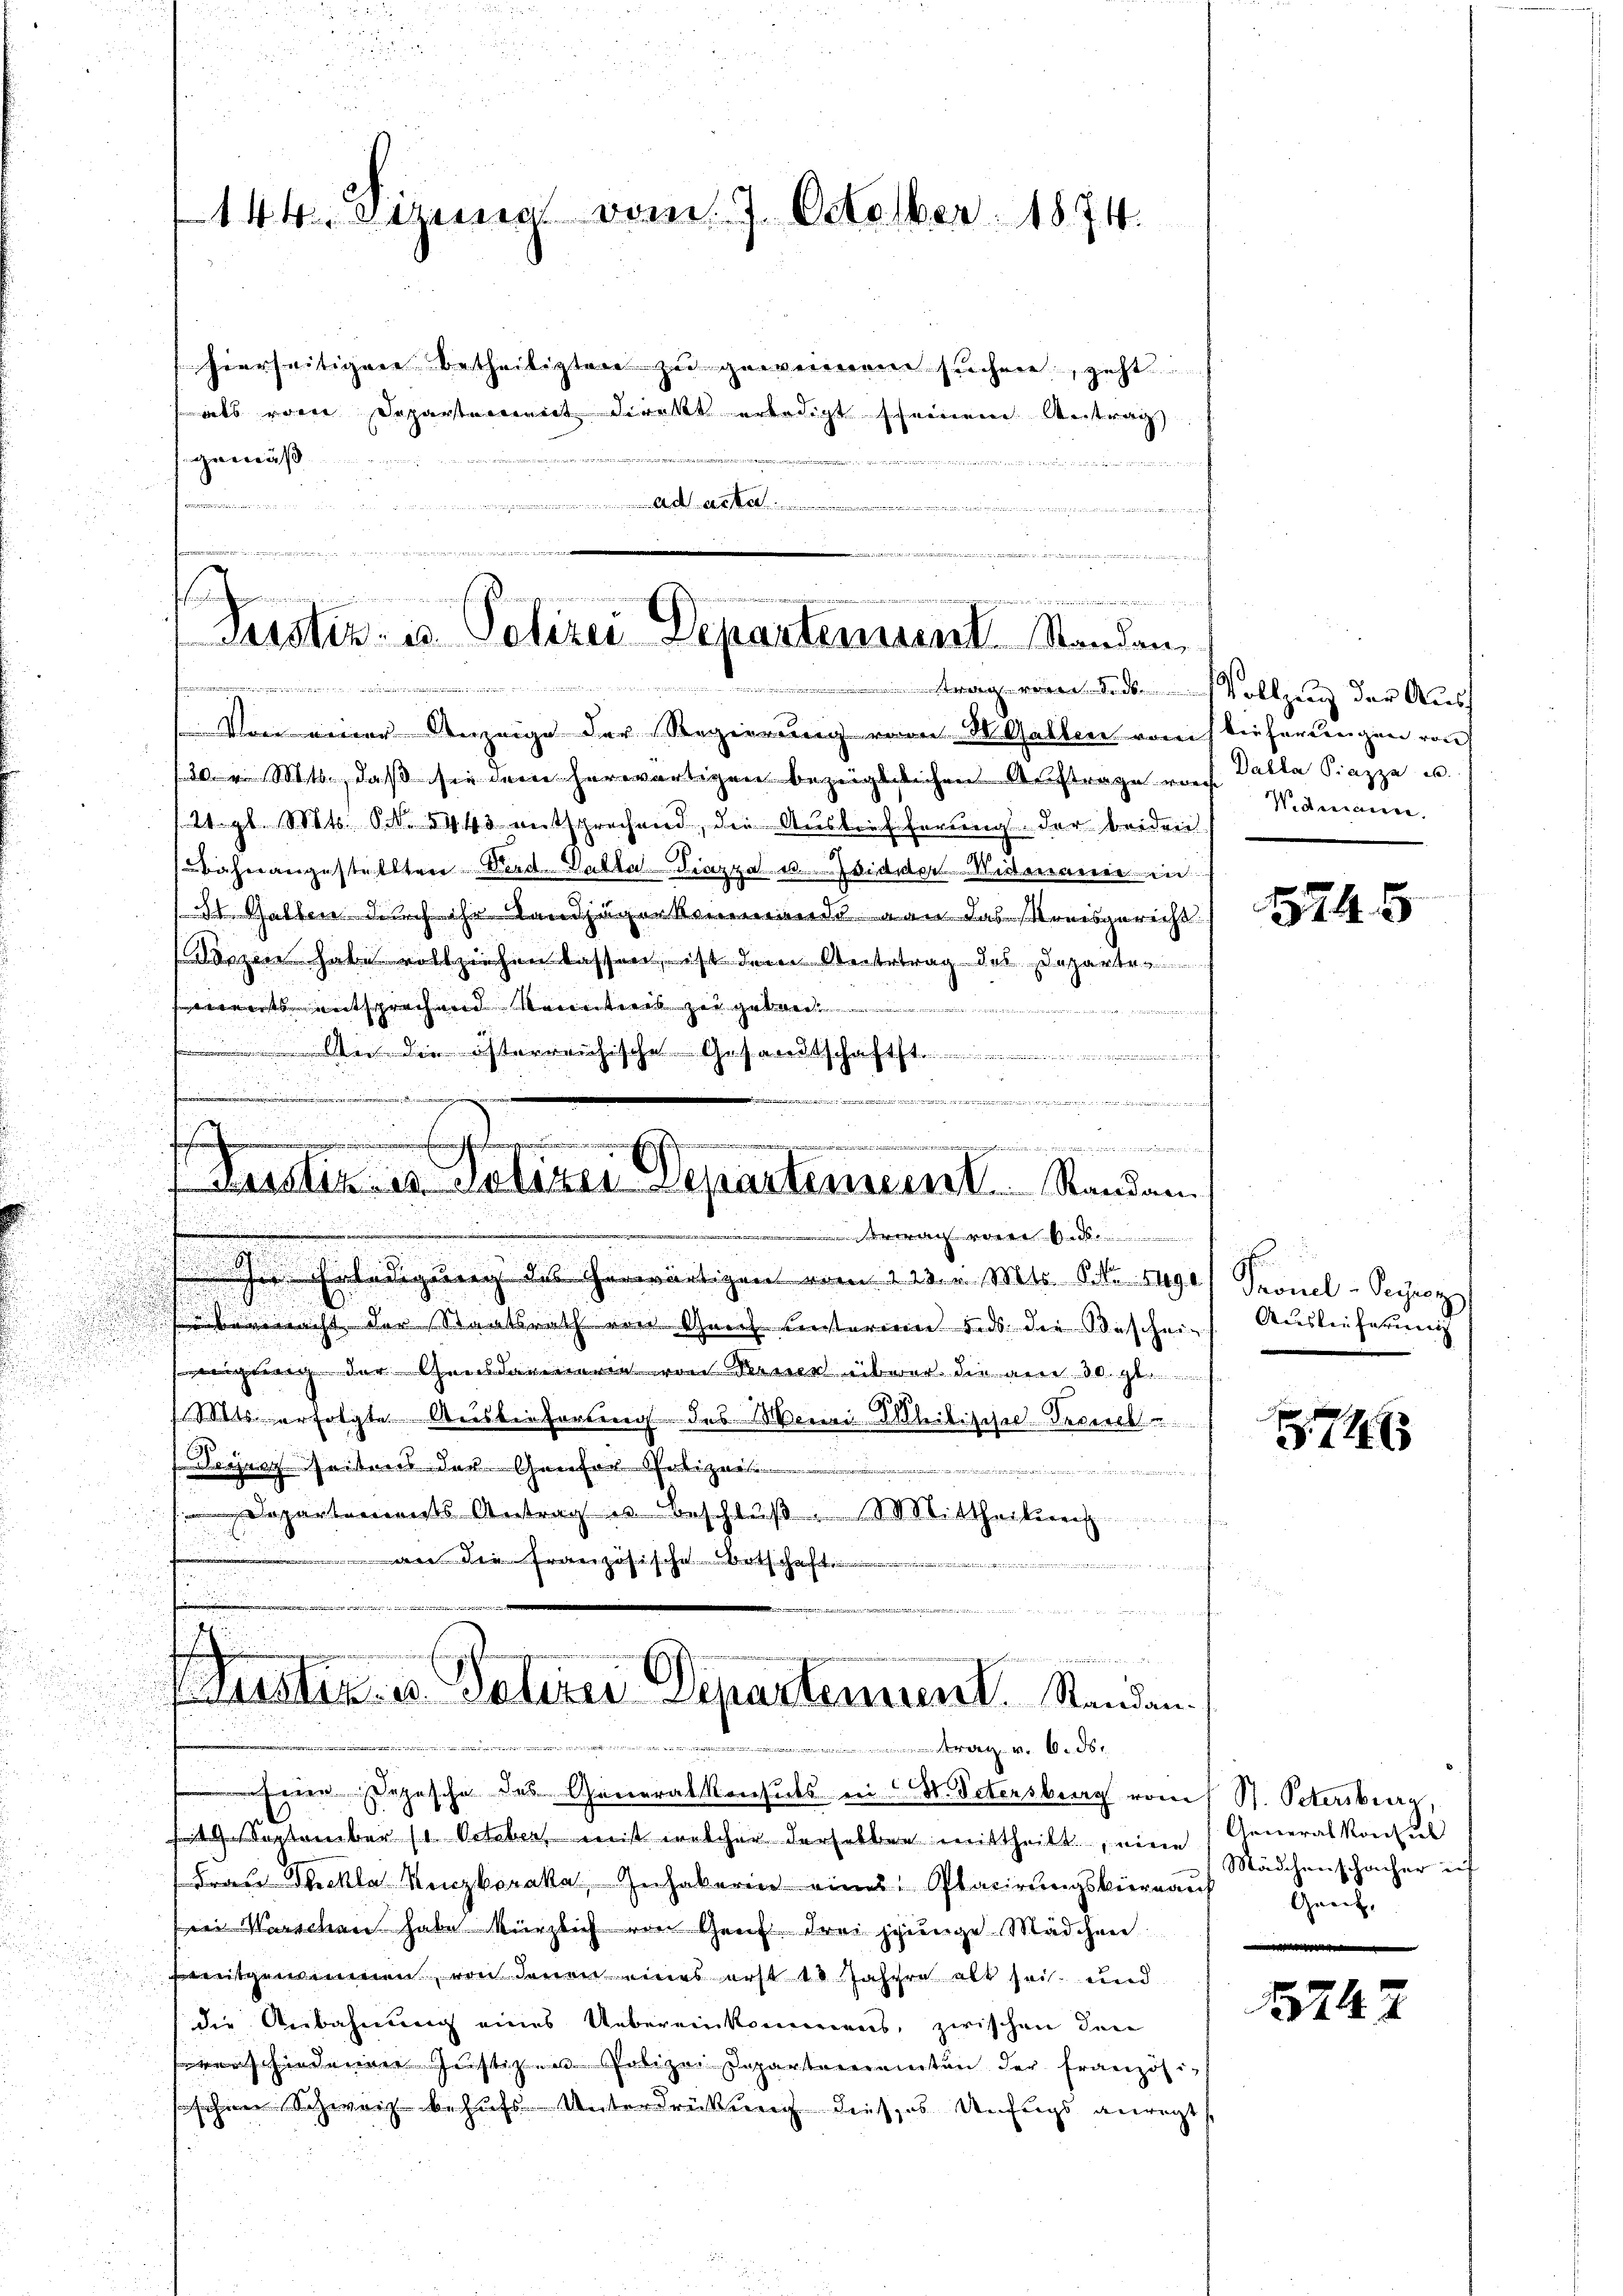
144 den vom 7. October 1874.

parseitigen betheiligten zu gewinnen suchen, geht
als vom Departement direkt erledigt seinem Antrag
is
vernommen, einen den
...............................................
t
.
tieren sich ein es in er einen

1
e
Lasstiz- u. Polizei Departement Standen
 trag von dies Vollzung der Auss

Wisseres erletzen-Departement Randam
rwach vorer d

Von einer Anzeige der Regierung vom 20 Gallen vom tieferungen von
20 v. Mts., daß sei dem herwärtigen bezüglichen Auftrage rof Datta Piazza u.
/21. gl. Mts. S. 5443 entsprechend, die Ausbrifferung der beiden
bahnangestellten Verd. Valta Piazza us Zdidier Wiedereuerer in
3r Gatten durch ihr Landjägerkommand von das Monsgericht
zen habe vollziehen lassen, ist dem Antertrag des Departen
its entsprochen Mantel zu geboren
weidente den der einer andelt in sehe er weite der enthalte
 die österreichische Gesandtschaft
i

G
risiert und die

Erledigung des herwärtigen vom 223. v. Mts. Sie ge Pronel-Secre
 nacht der Staatsrath von Genf unsterien 5. ds. die Beschei- Auslieferung
i der Gendarmeren von Steuer über die am 30. gl.
Mts. erfolgte Auslieferung des Monnai Ableibesehe dever
Derjeszeitens der Ganter Notizens
e
Departements Antrag u. Beschluß. Mittheilung
an die Französische Ortschaft
.
e

s

Aussten u. datirer Dipartement. Standen.
.

.
.
 epische des Generalkonsuls in W. Petersburg vom 1 St. Petersburg,
September (1. October ist welcher derselben mittheilt, eine
Frau Thekla Kenzkoraka, Inhaberin eines Placirungskiernaŭf Genz-
ei Warschen habe kürzlich von Genf drei seinige Mädchen
itgenommen, von denen eines erst 10 Jahre alt sei und
die Anbahnung eines Uebereinkommens, zwischen den
verschiedenen Justizen Polizei Departeramten der Französisehen Schweiz behufs Unterdrückung dieses Anfrags verregt

Widerraine.

5745

.

74

General Konsul
Mädchenschacher in
a

1242